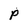
Character: P